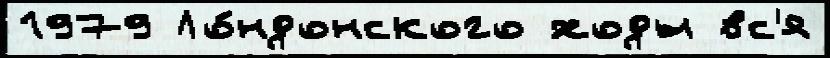
1979 Ло́ндонского ходы вс'я